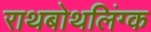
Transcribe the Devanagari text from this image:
राथबोथलिंग्क